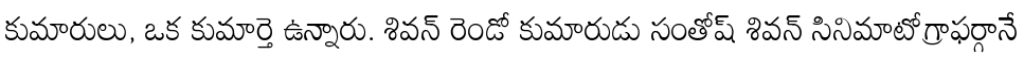
కుమారులు, ఒక కుమార్తె ఉన్నారు. శివన్ రెండో కుమారుడు సంతోష్ శివన్ సినిమాటోగ్రాఫర్గానే